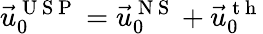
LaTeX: \vec{u}_{0}^{\mathrm{~U~S~P~}}=\vec{u}_{0}^{\mathrm{~N~S~}}+\vec{u}_{0}^{\mathrm{~t~h~}}